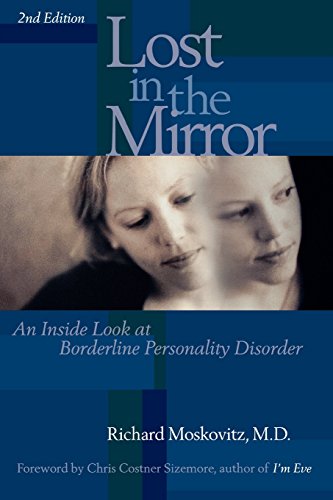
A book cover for Lost in the Mirror: An Inside Look at Borderline Personality Disorder; Richard Moskovitz; Health, Fitness & Dieting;